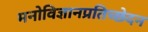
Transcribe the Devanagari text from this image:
मनोविज्ञानप्रतिच्छेदन